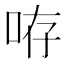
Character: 𠱜